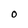
Character: O